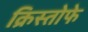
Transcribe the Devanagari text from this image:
क्रिस्तोफे